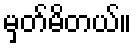
မှတ်မိတယ်။